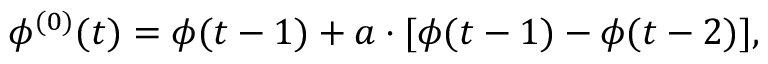
\phi ^ { ( 0 ) } ( t ) = \phi ( t - 1 ) + a \cdot [ \phi ( t - 1 ) - \phi ( t - 2 ) ] ,